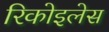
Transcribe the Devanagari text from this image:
रिकोइलेस